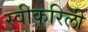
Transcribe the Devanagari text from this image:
स्वीकरिली